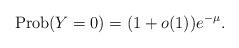
LaTeX: \begin{align*}\mbox{Prob}(Y=0)=(1+o(1))e^{-\mu}.\end{align*}